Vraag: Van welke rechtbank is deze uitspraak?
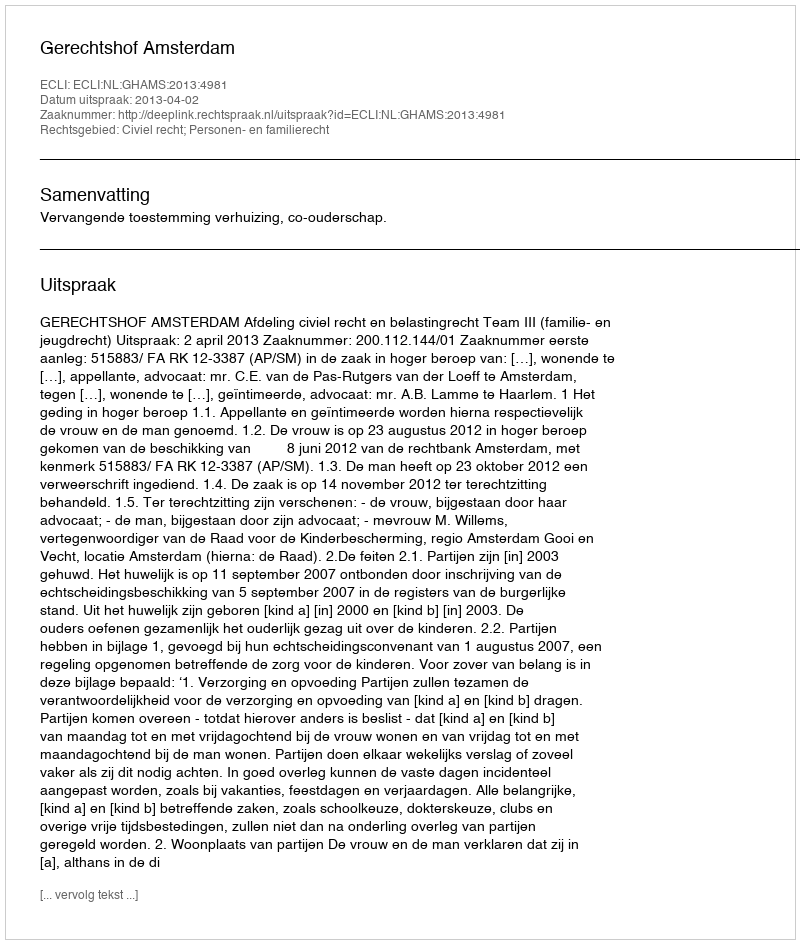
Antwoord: Gerechtshof Amsterdam